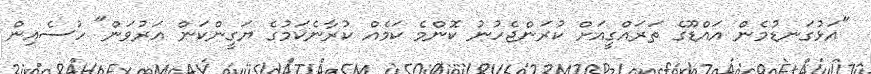
"އަޅުގަނޑުމެން އައްޑޫގެ ތަރައްގީއަށް ކުރަންޖެހުނު ކޮންމެ ކަމެއް ކުރާނެކަމުގެ ޔަގީންކަން އަރުވަން" ހުސެއިން